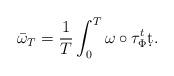
LaTeX: \begin{align*}\bar\omega_T=\frac{1}{T}\int_0^T\omega\circ\tau_\Phi^t \d t.\end{align*}